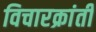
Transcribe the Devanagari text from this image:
विचारक्रांती